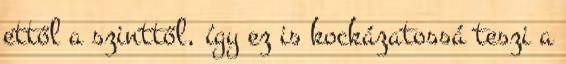
ettől a szinttől, így ez is kockázatossá teszi a